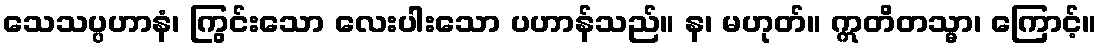
သေသပ္ပဟာနံ၊ ကြွင်းသော လေးပါးသော ပဟာန်သည်။ န၊ မဟုတ်။ ဣတိတသ္မာ၊ ကြောင့်။